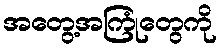
အတွေ့အကြုံတွေကို